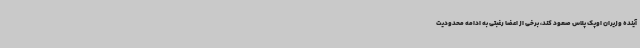
آینده وزیران اوپک پلاس صعود کند، برخی از اعضا رغبتی به ادامه محدودیت